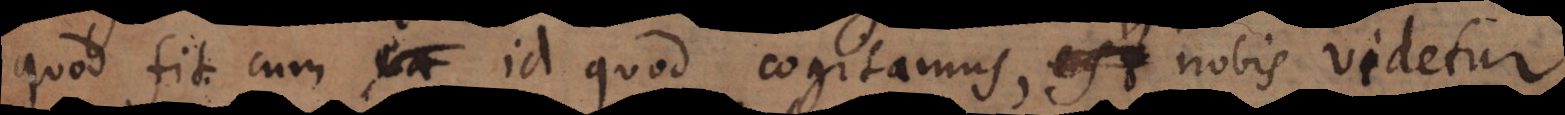
quod fit cum id quod cogitamus, nobis videtur